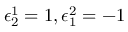
\epsilon _ { 2 } ^ { 1 } = 1 , \epsilon _ { 1 } ^ { 2 } = - 1